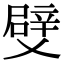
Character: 䢃